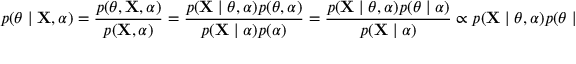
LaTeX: p ( \theta \mid \mathbf { X } , \alpha ) = { \frac { p ( \theta , \mathbf { X } , \alpha ) } { p ( \mathbf { X } , \alpha ) } } = { \frac { p ( \mathbf { X } \mid \theta , \alpha ) p ( \theta , \alpha ) } { p ( \mathbf { X } \mid \alpha ) p ( \alpha ) } } = { \frac { p ( \mathbf { X } \mid \theta , \alpha ) p ( \theta \mid \alpha ) } { p ( \mathbf { X } \mid \alpha ) } } \propto p ( \mathbf { X } \mid \theta , \alpha ) p ( \theta \mid \alpha )